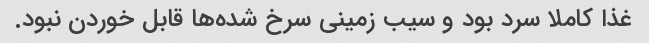
غذا کاملا سرد بود و سیب زمینی سرخ شده‌ها قابل خوردن نبود.